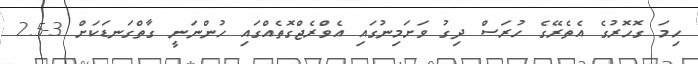
ހިމަ ގޮހޮރުގެ އެތެރޭގެ ހުރަސް ދިގު ވަށަމިނުގައި އެވްރެޖްގޮތެއްގައި ހުންނަނީ ގާތްގަނޑަކަށް 3-2.5